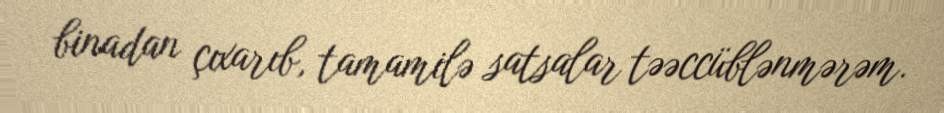
binadan çıxarıb, tamamilə satsalar təəccüblənmərəm.